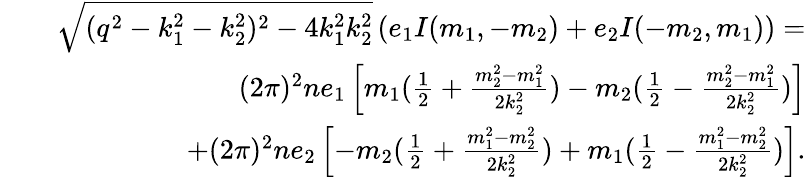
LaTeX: \begin{array}{rlr}&{}&{\sqrt{(q^{2}-k_{1}^{2}-k_{2}^{2})^{2}-4k_{1}^{2}k_{2}^{2}}\left(e_{1}I(m_{1},-m_{2})+e_{2}I(-m_{2},m_{1})\right)=}\\ &{}&{(2\pi)^{2}ne_{1}\left[m_{1}(\frac{1}{2}+\frac{m_{2}^{2}-m_{1}^{2}}{2k_{2}^{2}})-m_{2}(\frac{1}{2}-\frac{m_{2}^{2}-m_{1}^{2}}{2k_{2}^{2}})\right]}\\ &{}&{+(2\pi)^{2}ne_{2}\left[-m_{2}(\frac{1}{2}+\frac{m_{1}^{2}-m_{2}^{2}}{2k_{2}^{2}})+m_{1}(\frac{1}{2}-\frac{m_{1}^{2}-m_{2}^{2}}{2k_{2}^{2}})\right].}\end{array}